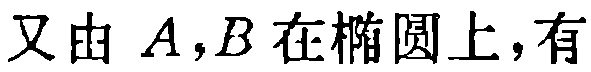
又由 \(A,B\) 在椭圆上，有